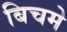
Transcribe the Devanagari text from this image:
बिचमे